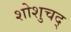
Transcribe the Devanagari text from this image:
शोशुचद्